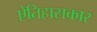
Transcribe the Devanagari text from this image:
ऐतिहासकार